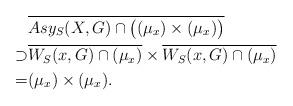
LaTeX: \begin{align*}&\overline{Asy_S(X,G)\cap\big((\mu_x)\times(\mu_x)\big)} \\\supset&\overline{W_S(x,G)\cap(\mu_x)}\times\overline{W_S(x,G)\cap(\mu_x)} \\=&(\mu_x)\times(\mu_x).\end{align*}